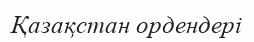
Қазақстан ордендері